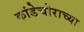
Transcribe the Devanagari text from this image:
कांडेचोराच्या